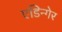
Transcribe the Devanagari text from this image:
एडिन्गेर